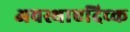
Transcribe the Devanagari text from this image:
अवस्थाएदिच्क